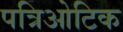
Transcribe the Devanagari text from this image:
पत्रिओटिक